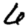
Digit: 6